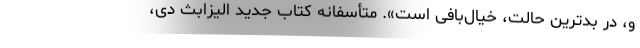
و، در بدترین حالت، خیال‌بافی است». متأسفانه کتاب جدید الیزابث دی،